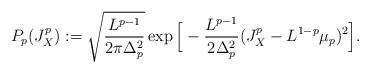
LaTeX: \begin{align*}P_p(J^p_X):=\sqrt{\frac{L^{p-1}}{2\pi \Delta_p^2} }\exp \Big[- \frac{L^{p-1}}{2\Delta_p^2}(J^p_X -L^{1-p}\mu_p) ^2\Big]. \end{align*}